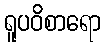
ရူပဝိစာရော